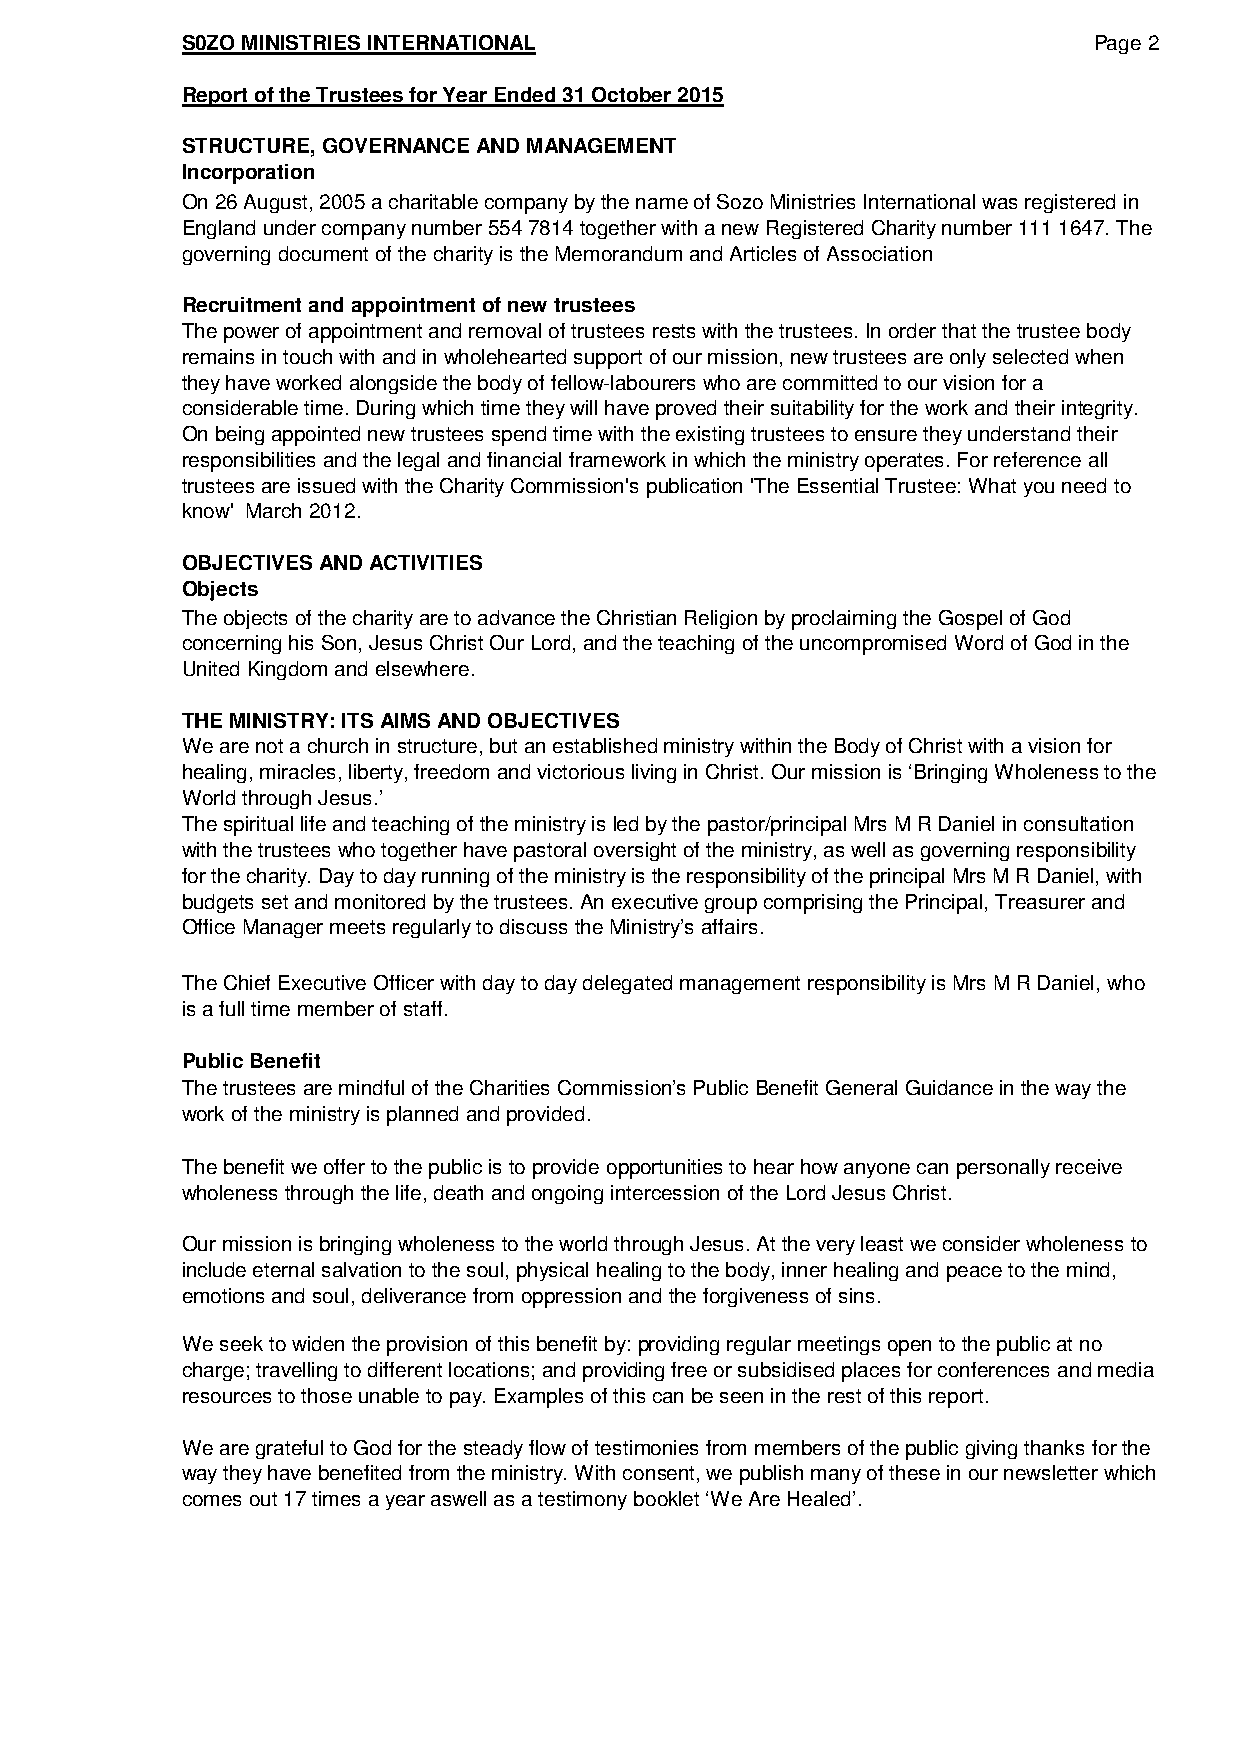
S0ZO MINISTRIES INTERNATIONAL                               Page 2
 Report of the Trustees for Year Ended 31 October 2015
 STRUCTURE, GOVERNANCE AND MANAGEMENT
 Incorporation
 On 26 August, 2005 a charitable company by the name of Sozo Ministries International was registered in
 England under company number 554 7814 together with a new Registered Charity number 111 1647. The
 governing document of the charity is the Memorandum and Articles of Association
 Recruitment and appointment of new trustees
 The power of appointment and removal of trustees rests with the trustees. In order that the trustee body
 remains in touch with and in wholehearted support of our mission, new trustees are only selected when
 they have worked alongside the body of fellow-labourers who are committed to our vision for a
 considerable time. During which time they will have proved their suitability for the work and their integrity.
 On being appointed new trustees spend time with the existing trustees to ensure they understand their
 responsibilities and the legal and financial framework in which the ministry operates. For reference all
 trustees are issued with the Charity Commission's publication 'The Essential Trustee: What you need to
 know' March 2012.
 OBJECTIVES AND ACTIVITIES
 Objects
 The objects of the charity are to advance the Christian Religion by proclaiming the Gospel of God
 concerning his Son, Jesus Christ Our Lord, and the teaching of the uncompromised Word of God in the
 United Kingdom and elsewhere.
 THE MINISTRY: ITS AIMS AND OBJECTIVES
 We are not a church in structure, but an established ministry within the Body of Christ with a vision for
 healing, miracles, liberty, freedom and victorious living in Christ. Our mission is ‘Bringing Wholeness to the
 World through Jesus.’
 The spiritual life and teaching of the ministry is led by the pastor/principal Mrs M R Daniel in consultation
 with the trustees who together have pastoral oversight of the ministry, as well as governing responsibility
 for the charity. Day to day running of the ministry is the responsibility of the principal Mrs M R Daniel, with
 budgets set and monitored by the trustees. An executive group comprising the Principal, Treasurer and
 Office Manager meets regularly to discuss the Ministry’s affairs.
 The Chief Executive Officer with day to day delegated management responsibility is Mrs M R Daniel, who
 is a full time member of staff.
 Public Benefit
 The trustees are mindful of the Charities Commission’s Public Benefit General Guidance in the way the
 work of the ministry is planned and provided.
 The benefit we offer to the public is to provide opportunities to hear how anyone can personally receive
 wholeness through the life, death and ongoing intercession of the Lord Jesus Christ.
 Our mission is bringing wholeness to the world through Jesus. At the very least we consider wholeness to
 include eternal salvation to the soul, physical healing to the body, inner healing and peace to the mind,
 emotions and soul, deliverance from oppression and the forgiveness of sins.
 We seek to widen the provision of this benefit by: providing regular meetings open to the public at no
 charge; travelling to different locations; and providing free or subsidised places for conferences and media
 resources to those unable to pay. Examples of this can be seen in the rest of this report.
 We are grateful to God for the steady flow of testimonies from members of the public giving thanks for the
 way they have benefited from the ministry. With consent, we publish many of these in our newsletter which
 comes out 17 times a year aswell as a testimony booklet ‘We Are Healed’.